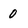
Character: 0